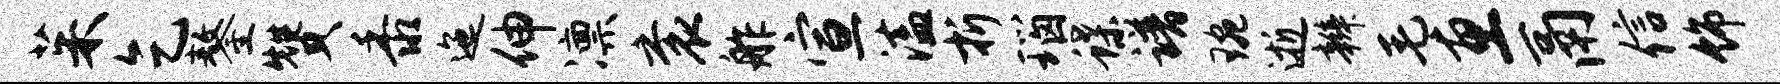
茱乞鏊赞黍迤伸凛衮舴宣溘折瑙蝶谱琬逝辫毛惠鬲信饰